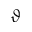
\vartheta